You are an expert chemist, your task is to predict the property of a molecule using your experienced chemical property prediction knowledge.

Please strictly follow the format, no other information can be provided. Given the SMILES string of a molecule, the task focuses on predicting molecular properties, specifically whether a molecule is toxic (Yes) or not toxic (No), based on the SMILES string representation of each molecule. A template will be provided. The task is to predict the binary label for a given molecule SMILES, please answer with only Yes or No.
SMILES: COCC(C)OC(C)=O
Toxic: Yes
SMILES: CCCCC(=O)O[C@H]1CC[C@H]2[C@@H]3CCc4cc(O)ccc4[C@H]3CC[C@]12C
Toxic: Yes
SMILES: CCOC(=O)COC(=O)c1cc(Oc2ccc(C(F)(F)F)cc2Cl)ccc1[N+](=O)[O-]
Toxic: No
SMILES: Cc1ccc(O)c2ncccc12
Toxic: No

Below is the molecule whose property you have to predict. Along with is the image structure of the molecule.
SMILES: O=[N+]([O-])c1ccc(Cl)cc1Cl
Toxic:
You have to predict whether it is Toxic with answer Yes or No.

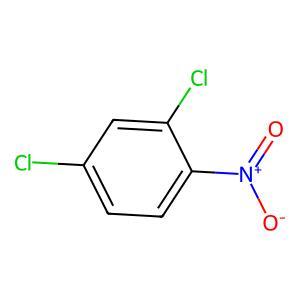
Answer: No